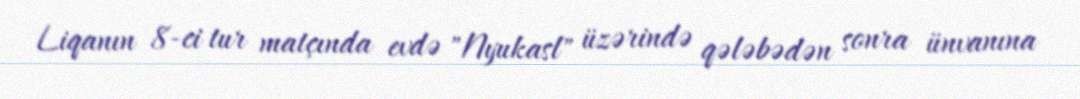
Liqanın 8-ci tur matçında evdə "Nyukasl" üzərində qələbədən sonra ünvanına